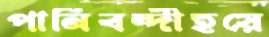
পানিবন্দীহয়ে